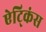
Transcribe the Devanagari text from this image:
ऐट्किंस